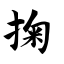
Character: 掬